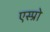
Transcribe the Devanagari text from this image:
एस्प्रो